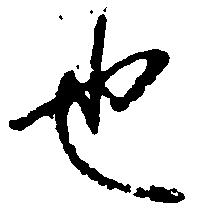
也